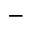
-